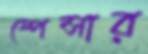
স্পেন্সার